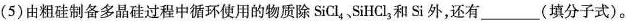
(5)由粗硅制备多晶硅过程中循环使用的物质除SiCl_{4}、SiHCl_{3}和Si外，还有___(填分子式)。